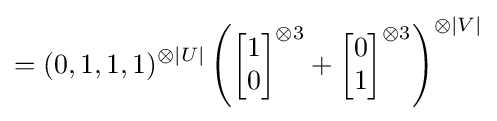
=(0,1,1,1)^{\otimes |U|}\left({\begin{bmatrix}1\\0\end{bmatrix}}^{\otimes 3}+{\begin{bmatrix}0\\1\end{bmatrix}}^{\otimes 3}\right)^{\otimes |V|}